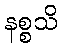
နစ္စသိ